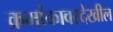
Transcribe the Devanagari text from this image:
क्रमांकावरदेखील